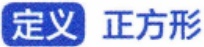
定义 正方形